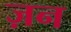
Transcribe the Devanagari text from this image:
ज़न